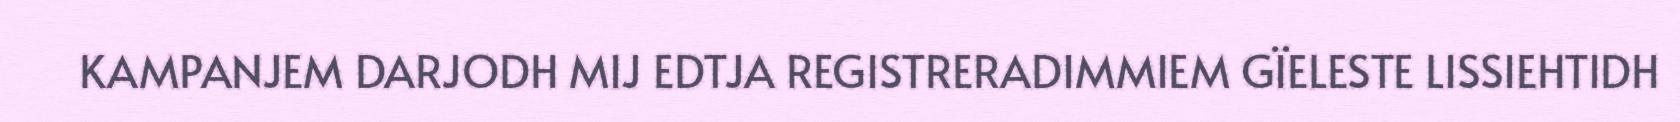
KAMPANJEM DARJODH MIJ EDTJA REGISTRERADIMMIEM GÏELESTE LISSIEHTIDH